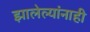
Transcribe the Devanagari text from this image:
झालेल्यांनाही